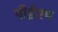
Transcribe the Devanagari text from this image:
पीईएम